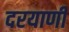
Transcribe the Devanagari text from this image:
दरयाणी